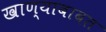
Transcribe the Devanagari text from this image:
खाण्याबाबत